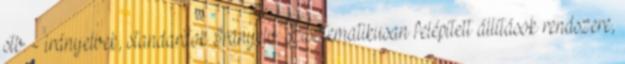
stb. - irányelvek, standardok Irányelv: szisztematikusan felépített állítások rendszere,